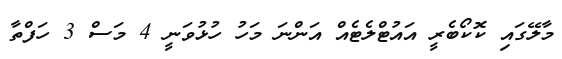
މާލޭގައި ކޮކޯބެރީ އައުޓްލެޓެއް އަންނަ މަހު ހުޅުވަނީ 4 މަސް 3 ހަފްތާ